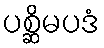
ပစ္ဆိမပဒံ